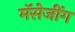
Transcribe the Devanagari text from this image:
मॅसेजींग